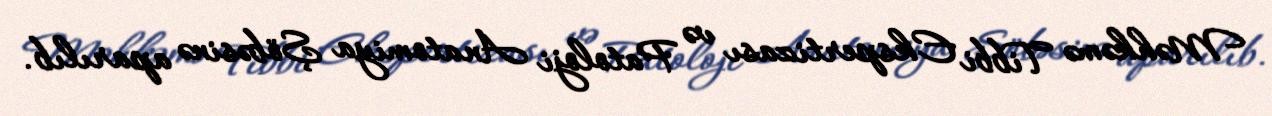
Məhkəmə Tibbi Ekspertizası və Patoloji Anatomiya Şöbəsinə aparılıb.